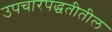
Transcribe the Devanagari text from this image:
उपचारपद्धतीतील